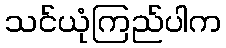
သင်ယုံကြည်ပါက